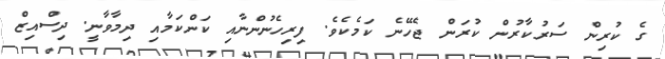
ގެ ކުރިން ސަރުކާރުން ކުރަން ޖެހޭނެ ކަމެކެވެ. ފިރިހެނުންނާއި ކަންކަމާއި ދިމާވާނީ. ދިސްއިޒް